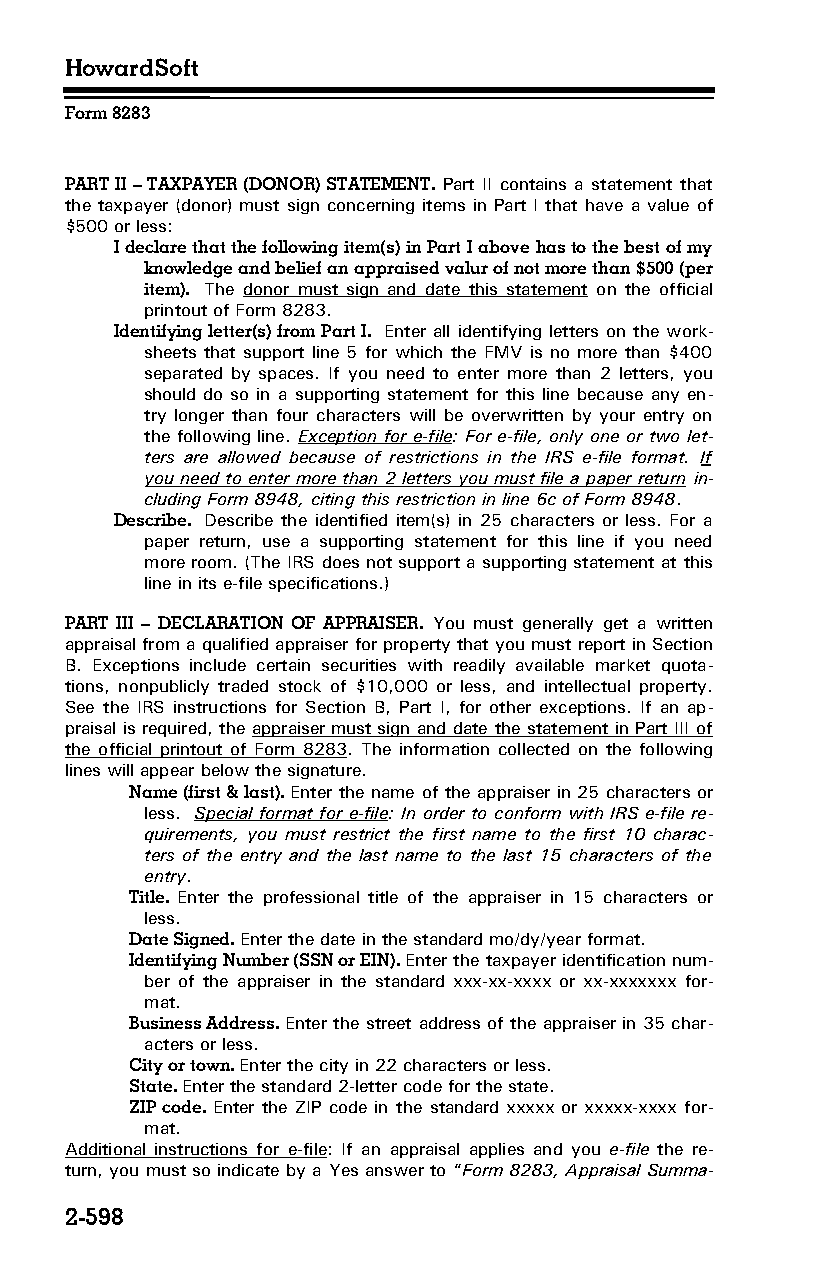
HowardSoft
 Form 8283
 PART II – TAXPAYER (DONOR) STATEMENT. Part II contains a statement that
 the taxpayer (donor) must sign concerning items in Part I that have a value of
 $500 or less:
 I declare that the following item(s) in Part I above has to the best of my
 knowledge and belief an appraised valur of not more than $500 (per
 item). The donor must sign and date this statement on the official
 printout of Form 8283.
 Identifying letter(s) from Part I. Enter all identifying letters on the work­
 sheets that support line 5 for which the FMV is no more than $400
 separated by spaces. If you need to enter more than 2 letters, you
 should do so in a supporting statement for this line because any en­
 try longer than four characters will be overwritten by your entry on
 the following line. Exception for e-file: For e-file, only one or two let­
 ters are allowed because of restrictions in the IRS e-file format. If
 you need to enter more than 2 letters you must file a paper return in­
 cluding Form 8948, citing this restriction in line 6c of Form 8948.
 Describe. Describe the identified item(s) in 25 characters or less. For a
 paper return, use a supporting statement for this line if you need
 more room. (The IRS does not support a supporting statement at this
 line in its e-file specifications.)
 PART III – DECLARATION OF APPRAISER. You must generally get a written
 appraisal from a qualified appraiser for property that you must report in Section
 B. Exceptions include certain securities with readily available market quota­
 tions, nonpublicly traded stock of $10,000 or less, and intellectual property.
 See the IRS instructions for Section B, Part I, for other exceptions. If an ap­
 praisal is required, the appraiser must sign and date the statement in Part III of
 the official printout of Form 8283. The information collected on the following
 lines will appear below the signature.
 Name (first & last). Enter the name of the appraiser in 25 characters or
 less. Special format for e-file: In order to conform with IRS e-file re­
 quirements, you must restrict the first name to the first 10 charac­
 ters of the entry and the last name to the last 15 characters of the
 entry.
 Title. Enter the professional title of the appraiser in 15 characters or
 less.
 Date Signed. Enter the date in the standard mo/dy/year format.
 Identifying Number (SSN or EIN). Enter the taxpayer identification num­
 ber of the appraiser in the standard xxx-xx-xxxx or xx-xxxxxxx for­
 mat.
 Business Address. Enter the street address of the appraiser in 35 char­
 acters or less.
 City or town. Enter the city in 22 characters or less.
 State. Enter the standard 2-letter code for the state.
 ZIP code. Enter the ZIP code in the standard xxxxx or xxxxx-xxxx for­
 mat.
 Additional instructions for e-file: If an appraisal applies and you e-file the re­
 turn, you must so indicate by a Yes answer to “Form 8283, Appraisal Summa­
 2-598